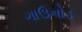
ગાઉનોડ